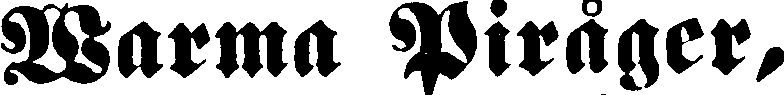
Warma Piråger,